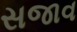
સજાવ